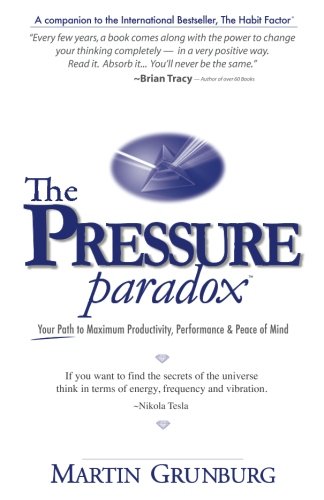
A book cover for The Pressure Paradox: Your Path to Maximum Productivity, Performance & Peace of Mind; Martin Grunburg; Self-Help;